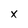
Character: x